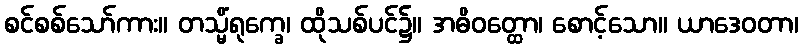
စင်စစ်သော်ကား။ တသ္မိံရုက္ခေ၊ ထိုသစ်ပင်၌။ အဓိဝတ္ထော၊ စောင့်သော။ ယာဒေဝတာ၊